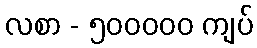
လစာ - ၅၀၀၀၀၀ ကျပ်